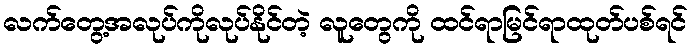
လက်တွေ့အလုပ်ကိုလုပ်နိုင်တဲ့ လူတွေကို ထင်ရာမြင်ရာထုတ်ပစ်ရင်